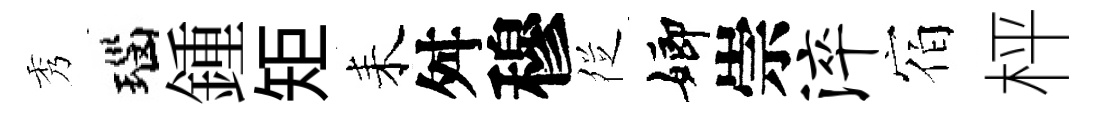
秀瑙鍾矩耒舛穆徔嫏崇淬宿枰